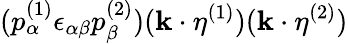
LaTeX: (p_{\alpha}^{(1)}\epsilon_{\alpha\beta}p_{\beta}^{(2)})(\mathbf{k}\cdot\eta^{(1)})(\mathbf{k}\cdot\eta^{(2)})